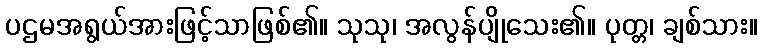
ပဌမအရွယ်အားဖြင့်သာဖြစ်၏။ သုသု၊ အလွန်ပျိုသေး၏။ ပုတ္တ၊ ချစ်သား။